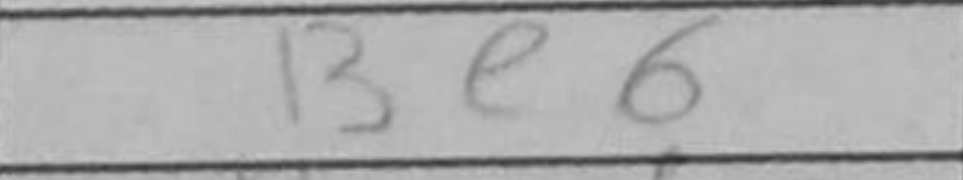
Transcription: Be6